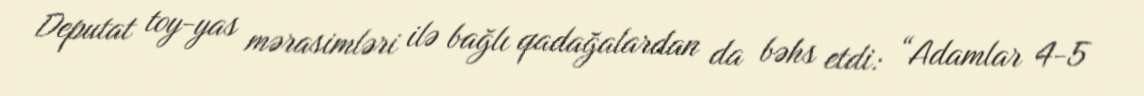
Deputat toy-yas mərasimləri ilə bağlı qadağalardan da bəhs etdi: “Adamlar 4-5